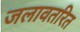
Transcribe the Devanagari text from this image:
जलावतरित